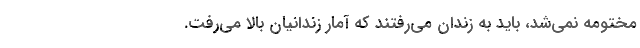
مختومه نمی‌شد، باید به زندان می‌رفتند که آمار زندانیان بالا می‌رفت.